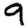
Digit: 9